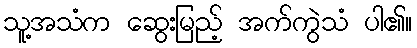
သူ့အသံက ဆွေးမြည့် အက်ကွဲသံ ပါ၏။